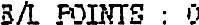
B/L POINTS : 0